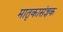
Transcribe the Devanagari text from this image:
मातृकासंज्ञक